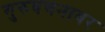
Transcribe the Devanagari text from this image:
गुरुवचनावर